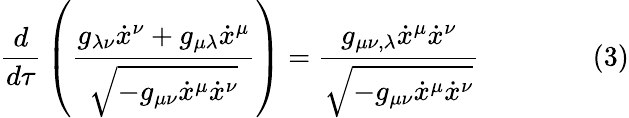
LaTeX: {\frac{d}{d\tau}}\left({\frac{g_{\lambda\nu}{\dot{x}}^{\nu}+g_{\mu\lambda}{\dot{x}}^{\mu}}{\sqrt{-g_{\mu\nu}{\dot{x}}^{\mu}{\dot{x}}^{\nu}}}}\right)={\frac{g_{\mu\nu,\lambda}{\dot{x}}^{\mu}{\dot{x}}^{\nu}}{\sqrt{-g_{\mu\nu}{\dot{x}}^{\mu}{\dot{x}}^{\nu}}}}\qquad\qquad(3)